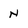
Character: N